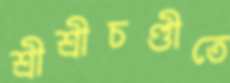
শ্রীশ্রীচণ্ডীতে